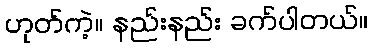
ဟုတ်ကဲ့။ နည်းနည်း ခက်ပါတယ်။